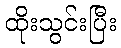
ထိုးသွင်းပြီး